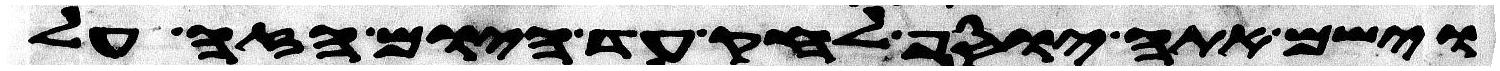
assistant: וישם אתה יוסף לחק עד היום הזה על